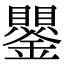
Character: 鑍